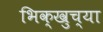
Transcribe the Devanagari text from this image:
भिक्खुच्या